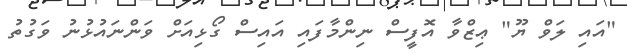
"އައި ލަވް ޔޫ" ޢިޒްވާ އޮފީސް ނިންމާފައި އައިސް ގޯޅިއަށް ވަންނައުޅުނު ވަގުތު